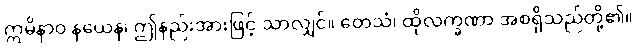
ဣမိနာဝ နယေန၊ ဤနည်းအားဖြင့် သာလျှင်။ တေသံ၊ ထိုလက္ခဏာ အစရှိသည်တို့၏။